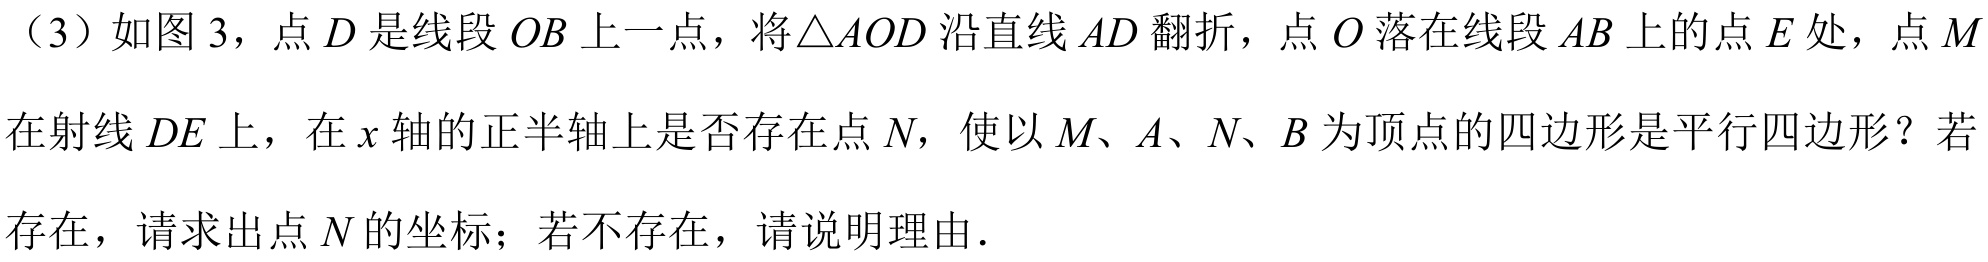
(3) 如图 3，点 \(D\) 是线段 \(OB\) 上一点，将\(\triangle AOD\) 沿直线 \(AD\) 翻折，点 \(O\) 落在线段 \(AB\) 上的点 \(E\) 处，点 \(M\)在射线 \(DE\) 上，在 \(x\) 轴的正半轴上是否存在点 \(N\)，使以 \(M\)、\(A\)、\(N\)、\(B\) 为顶点的四边形是平行四边形？若存在，请求出点 \(N\) 的坐标；若不存在，请说明理由.